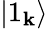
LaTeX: \left|1_{\mathbf{k}}\right\rangle